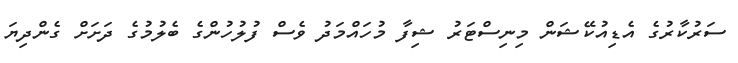
ސަރުކާރުގެ އެޑިއުކޭޝަން މިނިސްޓަރު ޝިފާ މުހައްމަދު ވެސް ފުލުހުންގެ ބެލުމުގެ ދަށަށް ގެންދިޔަ